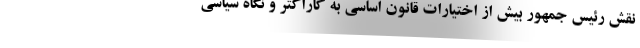
نقش رئیس جمهور بیش از اختیارات قانون اساسی به کاراکتر و نگاه سیاسی